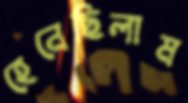
হেনেছিলাম